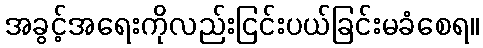
အခွင့်အရေးကိုလည်းငြင်းပယ်ခြင်းမခံစေရ။